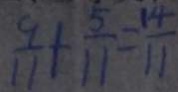
\frac { 9 } { 1 1 } + \frac { 5 } { 1 1 } = \frac { 1 4 } { 1 1 }